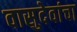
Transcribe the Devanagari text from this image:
वासुदेवांचा